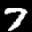
Label: 7